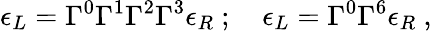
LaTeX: \epsilon_{L}=\Gamma^{0}\Gamma^{1}\Gamma^{2}\Gamma^{3}\epsilon_{R}\ ;\quad\epsilon_{L}=\Gamma^{0}\Gamma^{6}\epsilon_{R}\ ,